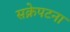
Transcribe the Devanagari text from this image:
सक्रेपटना